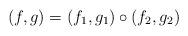
LaTeX: \begin{align*}(f,g) = (f_1,g_1) \circ (f_2,g_2)\end{align*}